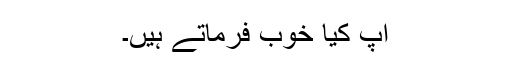
آپ کیا خوب فرماتے ہیں۔